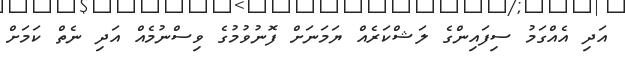
އަދި އެއްގަމު ސިފައިންގެ ލަޝްކަރެއް ޔަމަނަށް ފޮނުވުމުގެ ވިސްނުމެއް އަދި ނެތް ކަމަށް